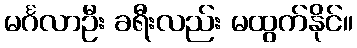
မင်္ဂလာဦး ခရီးလည်း မထွက်နိုင်။